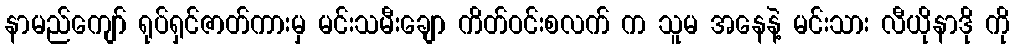
နာမည်ကျော် ရုပ်ရှင်ဇာတ်ကားမှ မင်းသမီးချော ကိတ်ဝင်းစလက် က သူမ အနေနဲ့ မင်းသား လီယိုနာဒို ကို